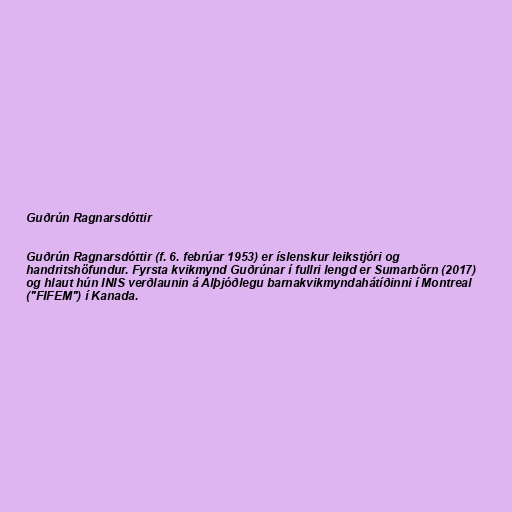
Guðrún Ragnarsdóttir

Guðrún Ragnarsdóttir (f. 6. febrúar 1953) er íslenskur leikstjóri og
handritshöfundur. Fyrsta kvikmynd Guðrúnar í fullri lengd er Sumarbörn (2017)
og hlaut hún INIS verðlaunin á Alþjóðlegu barnakvikmyndahátíðinni í Montreal
("FIFEM") í Kanada.